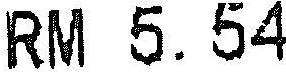
RM 5.54